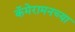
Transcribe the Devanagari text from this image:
कॅमेरामनच्या